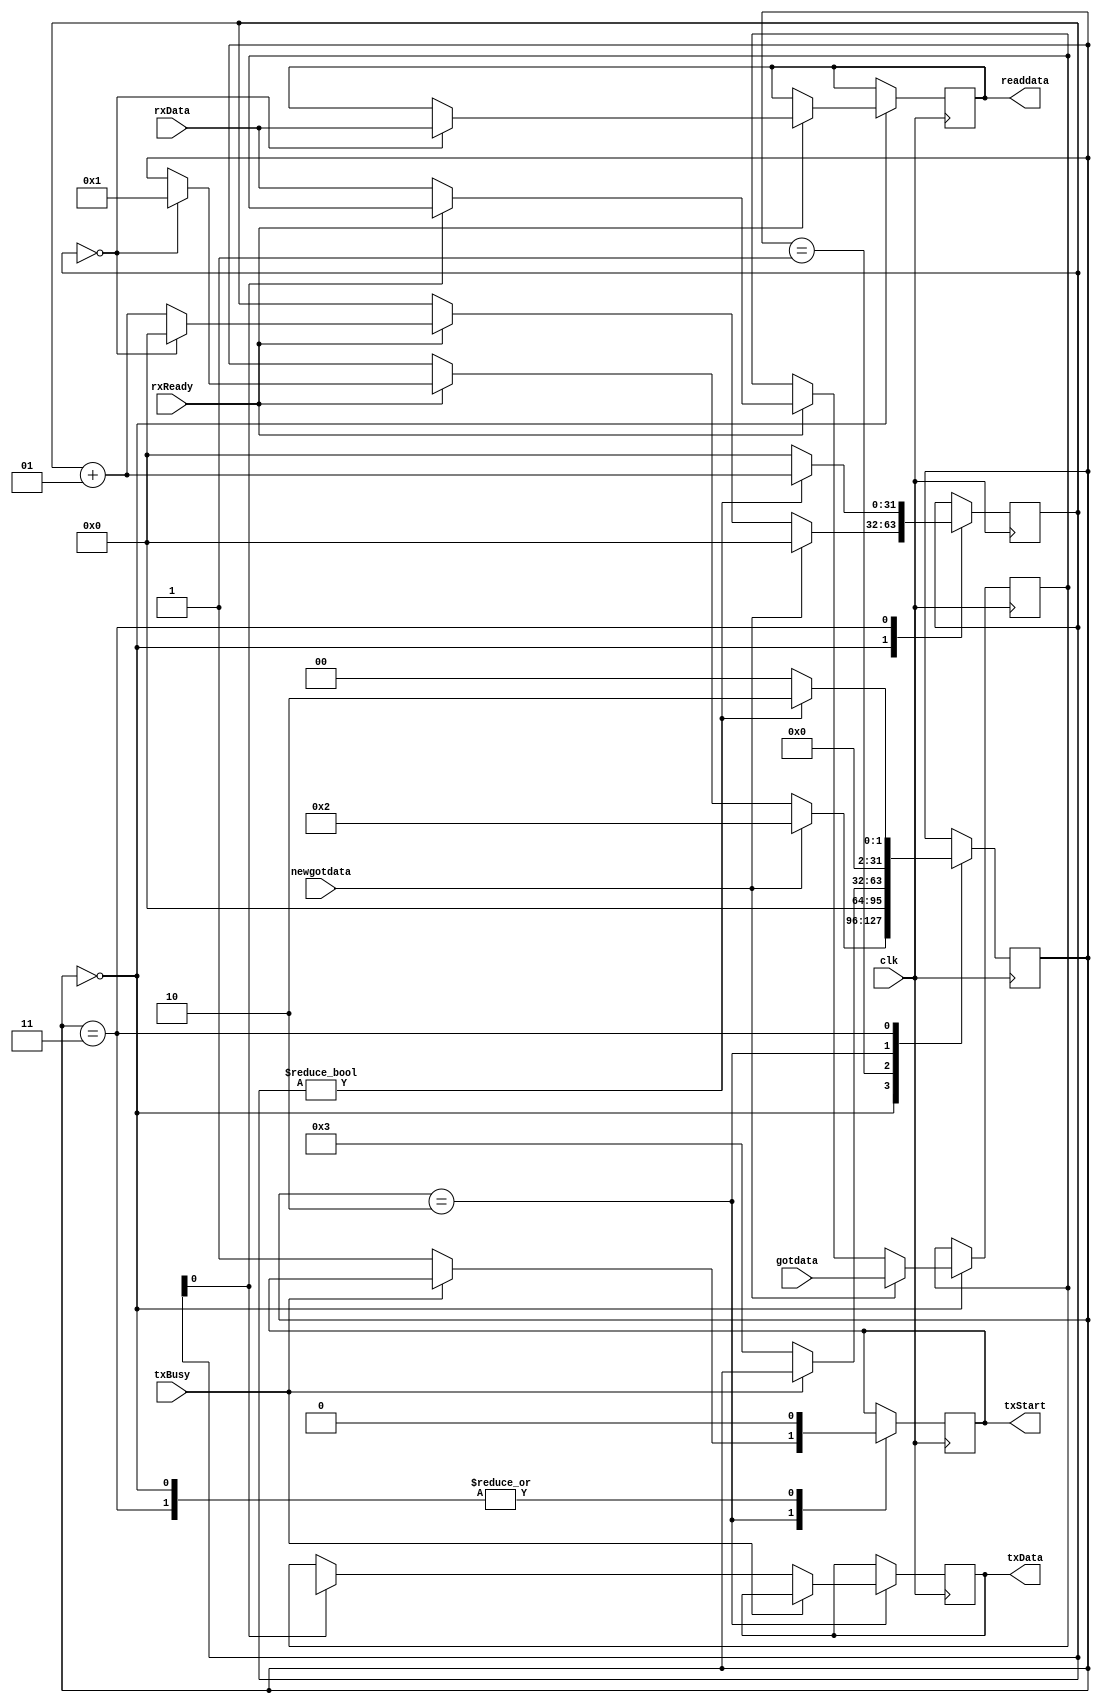
// This program was cloned from: https://github.com/drandyhaas/Haasoscope
// License: MIT License

// from http://www.sparxeng.com/blog/software/communicating-with-your-cyclone-ii-fpga-over-serial-port-part-3-number-crunching

module processor_slave(clk, rxReady, rxData, txBusy, txStart, txData, readdata, newgotdata, gotdata);
  input clk;
  input[7:0] rxData;
  input rxReady;
  input txBusy;
  output reg txStart;
  output reg[7:0] txData;
  output reg[7:0] readdata;//first byte we got
  input newgotdata;//from other processor
  input[7:0] gotdata;
  
  localparam READ=0, SOLVING=1, WRITE1=2, WRITE2=3;
  localparam LEN = 1;
  localparam LENMAX = LEN - 1;

  integer ioCount;
  reg[7:0] data[0:LENMAX];
  integer state;

  initial begin
    state = READ;
  end

  always @(posedge clk) begin
    case (state)
	 
      READ: begin
		  txStart = 0;
        if (rxReady) begin
          data[ioCount] = rxData;
			 if (ioCount == 0) readdata = rxData;
          if (ioCount == LENMAX) begin
            ioCount = 0;
            state = SOLVING;
          end else begin
            ioCount = ioCount + 1;
          end
        end
		  	if (newgotdata) begin
				ioCount = 0;
				data[0]=gotdata;
				state=WRITE1;
			end
      end

      SOLVING: begin
		  begin
          //if (readdata == 49) get_ext_data=1;
        end
		  state=READ;
        //state = WRITE1;
      end

      WRITE1: begin
        if (!txBusy) begin
          txData = data[ioCount];
          txStart = 1;
          state = WRITE2;
        end
      end

      WRITE2: begin
        txStart = 0;
        if (ioCount != LENMAX) begin
          ioCount = ioCount + 1;
          state = WRITE1;
        end else begin
          ioCount = 0;
          state = READ;
        end
      end
		
    endcase
	 
  end
endmodule